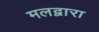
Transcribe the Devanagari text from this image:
मलद्वारा